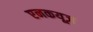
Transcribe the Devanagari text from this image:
एनकयूज़